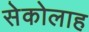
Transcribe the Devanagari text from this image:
सेकोलाह